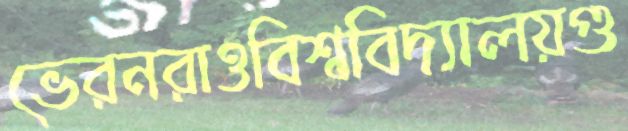
ভেরনরাওবিশ্ববিদ্যালয়গু